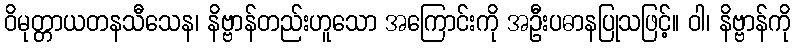
ဝိမုတ္တာယတနသီသေန၊ နိဗ္ဗာန်တည်းဟူသော အကြောင်းကို အဦးပဓာနပြုသဖြင့်။ ဝါ၊ နိဗ္ဗာန်ကို